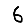
Digit: 6